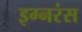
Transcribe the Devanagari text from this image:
इग्नरंस